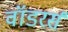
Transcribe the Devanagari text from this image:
वॉडरर्स